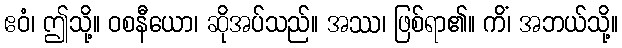
ဧဝံ၊ ဤသို့။ ဝစနီယော၊ ဆိုအပ်သည်။ အဿ၊ ဖြစ်ရာ၏။ ကိံ၊ အဘယ်သို့။